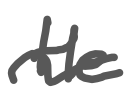
Text: He
Cross-out: wave
Writing tool: digital_gray